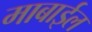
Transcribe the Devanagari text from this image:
माबाईल